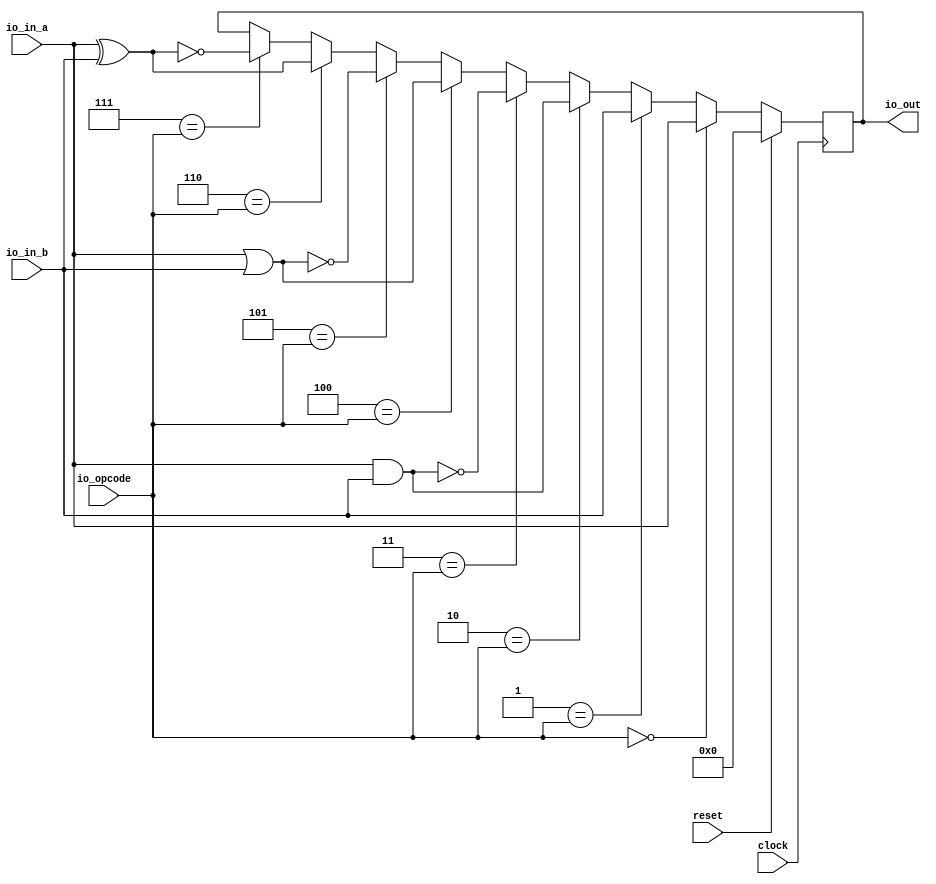
module ALU(
  input         clock,
  input         reset,
  input  [2:0]  io_opcode,
  input  [63:0] io_in_a,
  input  [63:0] io_in_b,
  output [63:0] io_out
);
`ifdef RANDOMIZE_REG_INIT
  reg [63:0] _RAND_0;
`endif // RANDOMIZE_REG_INIT
  reg [63:0] temp_result; // @[ALU.scala 25:28]
  wire  _T = 3'h0 == io_opcode; // @[Conditional.scala 37:30]
  wire  _T_1 = 3'h1 == io_opcode; // @[Conditional.scala 37:30]
  wire  _T_2 = 3'h2 == io_opcode; // @[Conditional.scala 37:30]
  wire [63:0] _temp_result_T = io_in_a & io_in_b; // @[ALU.scala 30:31]
  wire  _T_3 = 3'h3 == io_opcode; // @[Conditional.scala 37:30]
  wire [63:0] _temp_result_T_2 = ~_temp_result_T; // @[ALU.scala 31:29]
  wire  _T_4 = 3'h4 == io_opcode; // @[Conditional.scala 37:30]
  wire [63:0] _temp_result_T_3 = io_in_a | io_in_b; // @[ALU.scala 32:31]
  wire  _T_5 = 3'h5 == io_opcode; // @[Conditional.scala 37:30]
  wire [63:0] _temp_result_T_5 = ~_temp_result_T_3; // @[ALU.scala 33:29]
  wire  _T_6 = 3'h6 == io_opcode; // @[Conditional.scala 37:30]
  wire [63:0] _temp_result_T_6 = io_in_a ^ io_in_b; // @[ALU.scala 34:31]
  wire  _T_7 = 3'h7 == io_opcode; // @[Conditional.scala 37:30]
  wire [63:0] _temp_result_T_8 = ~_temp_result_T_6; // @[ALU.scala 35:29]
  wire [63:0] _GEN_0 = _T_7 ? _temp_result_T_8 : temp_result; // @[Conditional.scala 39:67 ALU.scala 35:26 ALU.scala 25:28]
  wire [63:0] _GEN_1 = _T_6 ? _temp_result_T_6 : _GEN_0; // @[Conditional.scala 39:67 ALU.scala 34:26]
  wire [63:0] _GEN_2 = _T_5 ? _temp_result_T_5 : _GEN_1; // @[Conditional.scala 39:67 ALU.scala 33:26]
  wire [63:0] _GEN_3 = _T_4 ? _temp_result_T_3 : _GEN_2; // @[Conditional.scala 39:67 ALU.scala 32:26]
  wire [63:0] _GEN_4 = _T_3 ? _temp_result_T_2 : _GEN_3; // @[Conditional.scala 39:67 ALU.scala 31:26]
  assign io_out = temp_result; // @[ALU.scala 37:10]
  always @(posedge clock) begin
    if (reset) begin // @[ALU.scala 25:28]
      temp_result <= 64'h0; // @[ALU.scala 25:28]
    end else if (_T) begin // @[Conditional.scala 40:58]
      temp_result <= io_in_a; // @[ALU.scala 28:26]
    end else if (_T_1) begin // @[Conditional.scala 39:67]
      temp_result <= io_in_b; // @[ALU.scala 29:26]
    end else if (_T_2) begin // @[Conditional.scala 39:67]
      temp_result <= _temp_result_T; // @[ALU.scala 30:26]
    end else begin
      temp_result <= _GEN_4;
    end
  end
// Register and memory initialization
`ifdef RANDOMIZE_GARBAGE_ASSIGN
`define RANDOMIZE
`endif
`ifdef RANDOMIZE_INVALID_ASSIGN
`define RANDOMIZE
`endif
`ifdef RANDOMIZE_REG_INIT
`define RANDOMIZE
`endif
`ifdef RANDOMIZE_MEM_INIT
`define RANDOMIZE
`endif
`ifndef RANDOM
`define RANDOM $random
`endif
`ifdef RANDOMIZE_MEM_INIT
  integer initvar;
`endif
`ifndef SYNTHESIS
`ifdef FIRRTL_BEFORE_INITIAL
`FIRRTL_BEFORE_INITIAL
`endif
initial begin
  `ifdef RANDOMIZE
    `ifdef INIT_RANDOM
      `INIT_RANDOM
    `endif
    `ifndef VERILATOR
      `ifdef RANDOMIZE_DELAY
        #`RANDOMIZE_DELAY begin end
      `else
        #0.002 begin end
      `endif
    `endif
`ifdef RANDOMIZE_REG_INIT
  _RAND_0 = {2{`RANDOM}};
  temp_result = _RAND_0[63:0];
`endif // RANDOMIZE_REG_INIT
  `endif // RANDOMIZE
end // initial
`ifdef FIRRTL_AFTER_INITIAL
`FIRRTL_AFTER_INITIAL
`endif
`endif // SYNTHESIS
endmodule
module PE(
  input         clock,
  input         reset,
  input  [63:0] io_in_a,
  input  [63:0] io_in_b,
  input         io_wr_en,
  input  [2:0]  io_wr_instr,
  input         io_run,
  output [63:0] io_out
);
`ifdef RANDOMIZE_GARBAGE_ASSIGN
  reg [31:0] _RAND_1;
`endif // RANDOMIZE_GARBAGE_ASSIGN
`ifdef RANDOMIZE_MEM_INIT
  reg [31:0] _RAND_0;
`endif // RANDOMIZE_MEM_INIT
`ifdef RANDOMIZE_REG_INIT
  reg [63:0] _RAND_2;
  reg [63:0] _RAND_3;
  reg [63:0] _RAND_4;
  reg [31:0] _RAND_5;
  reg [31:0] _RAND_6;
  reg [31:0] _RAND_7;
`endif // RANDOMIZE_REG_INIT
  wire  ALU64_clock; // @[PE.scala 17:21]
  wire  ALU64_reset; // @[PE.scala 17:21]
  wire [2:0] ALU64_io_opcode; // @[PE.scala 17:21]
  wire [63:0] ALU64_io_in_a; // @[PE.scala 17:21]
  wire [63:0] ALU64_io_in_b; // @[PE.scala 17:21]
  wire [63:0] ALU64_io_out; // @[PE.scala 17:21]
  reg [2:0] IQ [0:99]; // @[PE.scala 19:15]
  wire [2:0] IQ_instr_MPORT_data; // @[PE.scala 19:15]
  wire [6:0] IQ_instr_MPORT_addr; // @[PE.scala 19:15]
  wire [2:0] IQ_MPORT_data; // @[PE.scala 19:15]
  wire [6:0] IQ_MPORT_addr; // @[PE.scala 19:15]
  wire  IQ_MPORT_mask; // @[PE.scala 19:15]
  wire  IQ_MPORT_en; // @[PE.scala 19:15]
  reg [63:0] in_a_reg; // @[PE.scala 13:25]
  reg [63:0] in_b_reg; // @[PE.scala 14:25]
  reg [63:0] out_reg; // @[PE.scala 15:24]
  reg [6:0] PC; // @[PE.scala 20:19]
  reg [6:0] wr_addr; // @[PE.scala 21:24]
  reg [2:0] instr; // @[PE.scala 22:22]
  wire [6:0] _PC_T_1 = PC + 7'h1; // @[PE.scala 31:14]
  wire [6:0] _wr_addr_T_1 = wr_addr + 7'h1; // @[PE.scala 37:24]
  ALU ALU64 ( // @[PE.scala 17:21]
    .clock(ALU64_clock),
    .reset(ALU64_reset),
    .io_opcode(ALU64_io_opcode),
    .io_in_a(ALU64_io_in_a),
    .io_in_b(ALU64_io_in_b),
    .io_out(ALU64_io_out)
  );
  assign IQ_instr_MPORT_addr = PC;
  `ifndef RANDOMIZE_GARBAGE_ASSIGN
  assign IQ_instr_MPORT_data = IQ[IQ_instr_MPORT_addr]; // @[PE.scala 19:15]
  `else
  assign IQ_instr_MPORT_data = IQ_instr_MPORT_addr >= 7'h64 ? _RAND_1[2:0] : IQ[IQ_instr_MPORT_addr]; // @[PE.scala 19:15]
  `endif // RANDOMIZE_GARBAGE_ASSIGN
  assign IQ_MPORT_data = io_wr_instr;
  assign IQ_MPORT_addr = wr_addr;
  assign IQ_MPORT_mask = 1'h1;
  assign IQ_MPORT_en = io_run ? 1'h0 : io_wr_en;
  assign io_out = out_reg; // @[PE.scala 28:10]
  assign ALU64_clock = clock;
  assign ALU64_reset = reset;
  assign ALU64_io_opcode = instr; // @[PE.scala 27:19]
  assign ALU64_io_in_a = in_a_reg; // @[PE.scala 24:17]
  assign ALU64_io_in_b = in_b_reg; // @[PE.scala 25:17]
  always @(posedge clock) begin
    if(IQ_MPORT_en & IQ_MPORT_mask) begin
      IQ[IQ_MPORT_addr] <= IQ_MPORT_data; // @[PE.scala 19:15]
    end
    if (reset) begin // @[PE.scala 13:25]
      in_a_reg <= 64'h0; // @[PE.scala 13:25]
    end else if (io_run) begin // @[PE.scala 30:15]
      in_a_reg <= io_in_a; // @[PE.scala 33:14]
    end
    if (reset) begin // @[PE.scala 14:25]
      in_b_reg <= 64'h0; // @[PE.scala 14:25]
    end else if (io_run) begin // @[PE.scala 30:15]
      in_b_reg <= io_in_b; // @[PE.scala 34:14]
    end
    if (reset) begin // @[PE.scala 15:24]
      out_reg <= 64'h0; // @[PE.scala 15:24]
    end else if (io_run) begin // @[PE.scala 30:15]
      out_reg <= ALU64_io_out; // @[PE.scala 35:13]
    end
    if (reset) begin // @[PE.scala 20:19]
      PC <= 7'h0; // @[PE.scala 20:19]
    end else if (io_run) begin // @[PE.scala 30:15]
      PC <= _PC_T_1; // @[PE.scala 31:8]
    end
    if (reset) begin // @[PE.scala 21:24]
      wr_addr <= 7'h0; // @[PE.scala 21:24]
    end else if (!(io_run)) begin // @[PE.scala 30:15]
      if (io_wr_en) begin // @[PE.scala 36:23]
        wr_addr <= _wr_addr_T_1; // @[PE.scala 37:13]
      end
    end
    if (reset) begin // @[PE.scala 22:22]
      instr <= 3'h0; // @[PE.scala 22:22]
    end else if (io_run) begin // @[PE.scala 30:15]
      instr <= IQ_instr_MPORT_data; // @[PE.scala 32:11]
    end
  end
// Register and memory initialization
`ifdef RANDOMIZE_GARBAGE_ASSIGN
`define RANDOMIZE
`endif
`ifdef RANDOMIZE_INVALID_ASSIGN
`define RANDOMIZE
`endif
`ifdef RANDOMIZE_REG_INIT
`define RANDOMIZE
`endif
`ifdef RANDOMIZE_MEM_INIT
`define RANDOMIZE
`endif
`ifndef RANDOM
`define RANDOM $random
`endif
`ifdef RANDOMIZE_MEM_INIT
  integer initvar;
`endif
`ifndef SYNTHESIS
`ifdef FIRRTL_BEFORE_INITIAL
`FIRRTL_BEFORE_INITIAL
`endif
initial begin
  `ifdef RANDOMIZE
    `ifdef INIT_RANDOM
      `INIT_RANDOM
    `endif
    `ifndef VERILATOR
      `ifdef RANDOMIZE_DELAY
        #`RANDOMIZE_DELAY begin end
      `else
        #0.002 begin end
      `endif
    `endif
`ifdef RANDOMIZE_GARBAGE_ASSIGN
  _RAND_1 = {1{`RANDOM}};
`endif // RANDOMIZE_GARBAGE_ASSIGN
`ifdef RANDOMIZE_MEM_INIT
  _RAND_0 = {1{`RANDOM}};
  for (initvar = 0; initvar < 100; initvar = initvar+1)
    IQ[initvar] = _RAND_0[2:0];
`endif // RANDOMIZE_MEM_INIT
`ifdef RANDOMIZE_REG_INIT
  _RAND_2 = {2{`RANDOM}};
  in_a_reg = _RAND_2[63:0];
  _RAND_3 = {2{`RANDOM}};
  in_b_reg = _RAND_3[63:0];
  _RAND_4 = {2{`RANDOM}};
  out_reg = _RAND_4[63:0];
  _RAND_5 = {1{`RANDOM}};
  PC = _RAND_5[6:0];
  _RAND_6 = {1{`RANDOM}};
  wr_addr = _RAND_6[6:0];
  _RAND_7 = {1{`RANDOM}};
  instr = _RAND_7[2:0];
`endif // RANDOMIZE_REG_INIT
  `endif // RANDOMIZE
end // initial
`ifdef FIRRTL_AFTER_INITIAL
`FIRRTL_AFTER_INITIAL
`endif
`endif // SYNTHESIS
endmodule